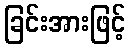
ခြင်းအားဖြင့်